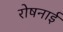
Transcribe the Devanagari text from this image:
रोषनाई